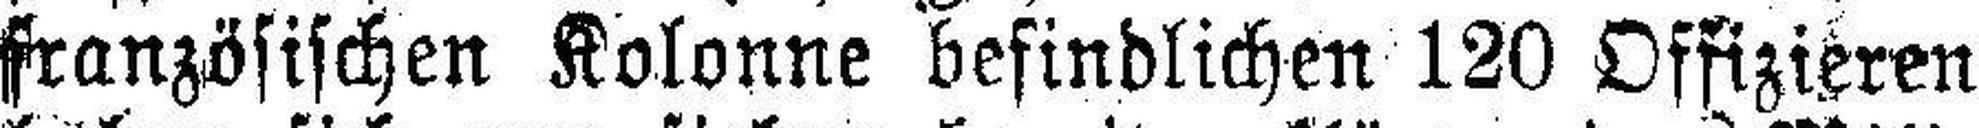
französischen Kolonne befindlichen 120 Offizieren